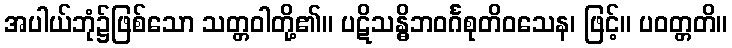
အပါယ်ဘုံ၌ဖြစ်သော သတ္တဝါတို့၏။ ပဋိသန္ဓိဘဝင်္ဂစုတိဝသေန၊ ဖြင့်။ ပဝတ္တတိ။